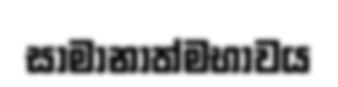
සාමානාත්මභාවය